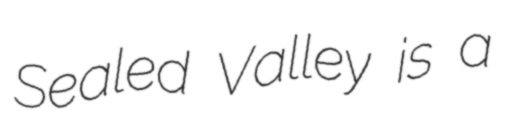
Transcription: Sealed Valley is a